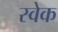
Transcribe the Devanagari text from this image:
स्वेक